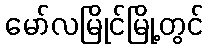
မော်လမြိုင်မြို့တွင်